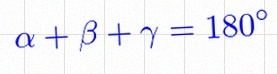
\alpha+\beta+\gamma=180^\circ